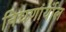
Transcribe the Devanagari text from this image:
निघणार्याल